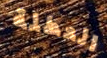
العطلة